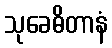
သုခေဓိတာနံ